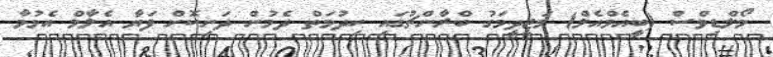
މޯލްޑިވްސް (ބީއެމްއެލް) މަޖީދީމަގު ބްރާންޗުގައި ހިދުމަތް ދެމުން ދަނިކޮށް ފަޔާ އެލާމް އެޅުމާ